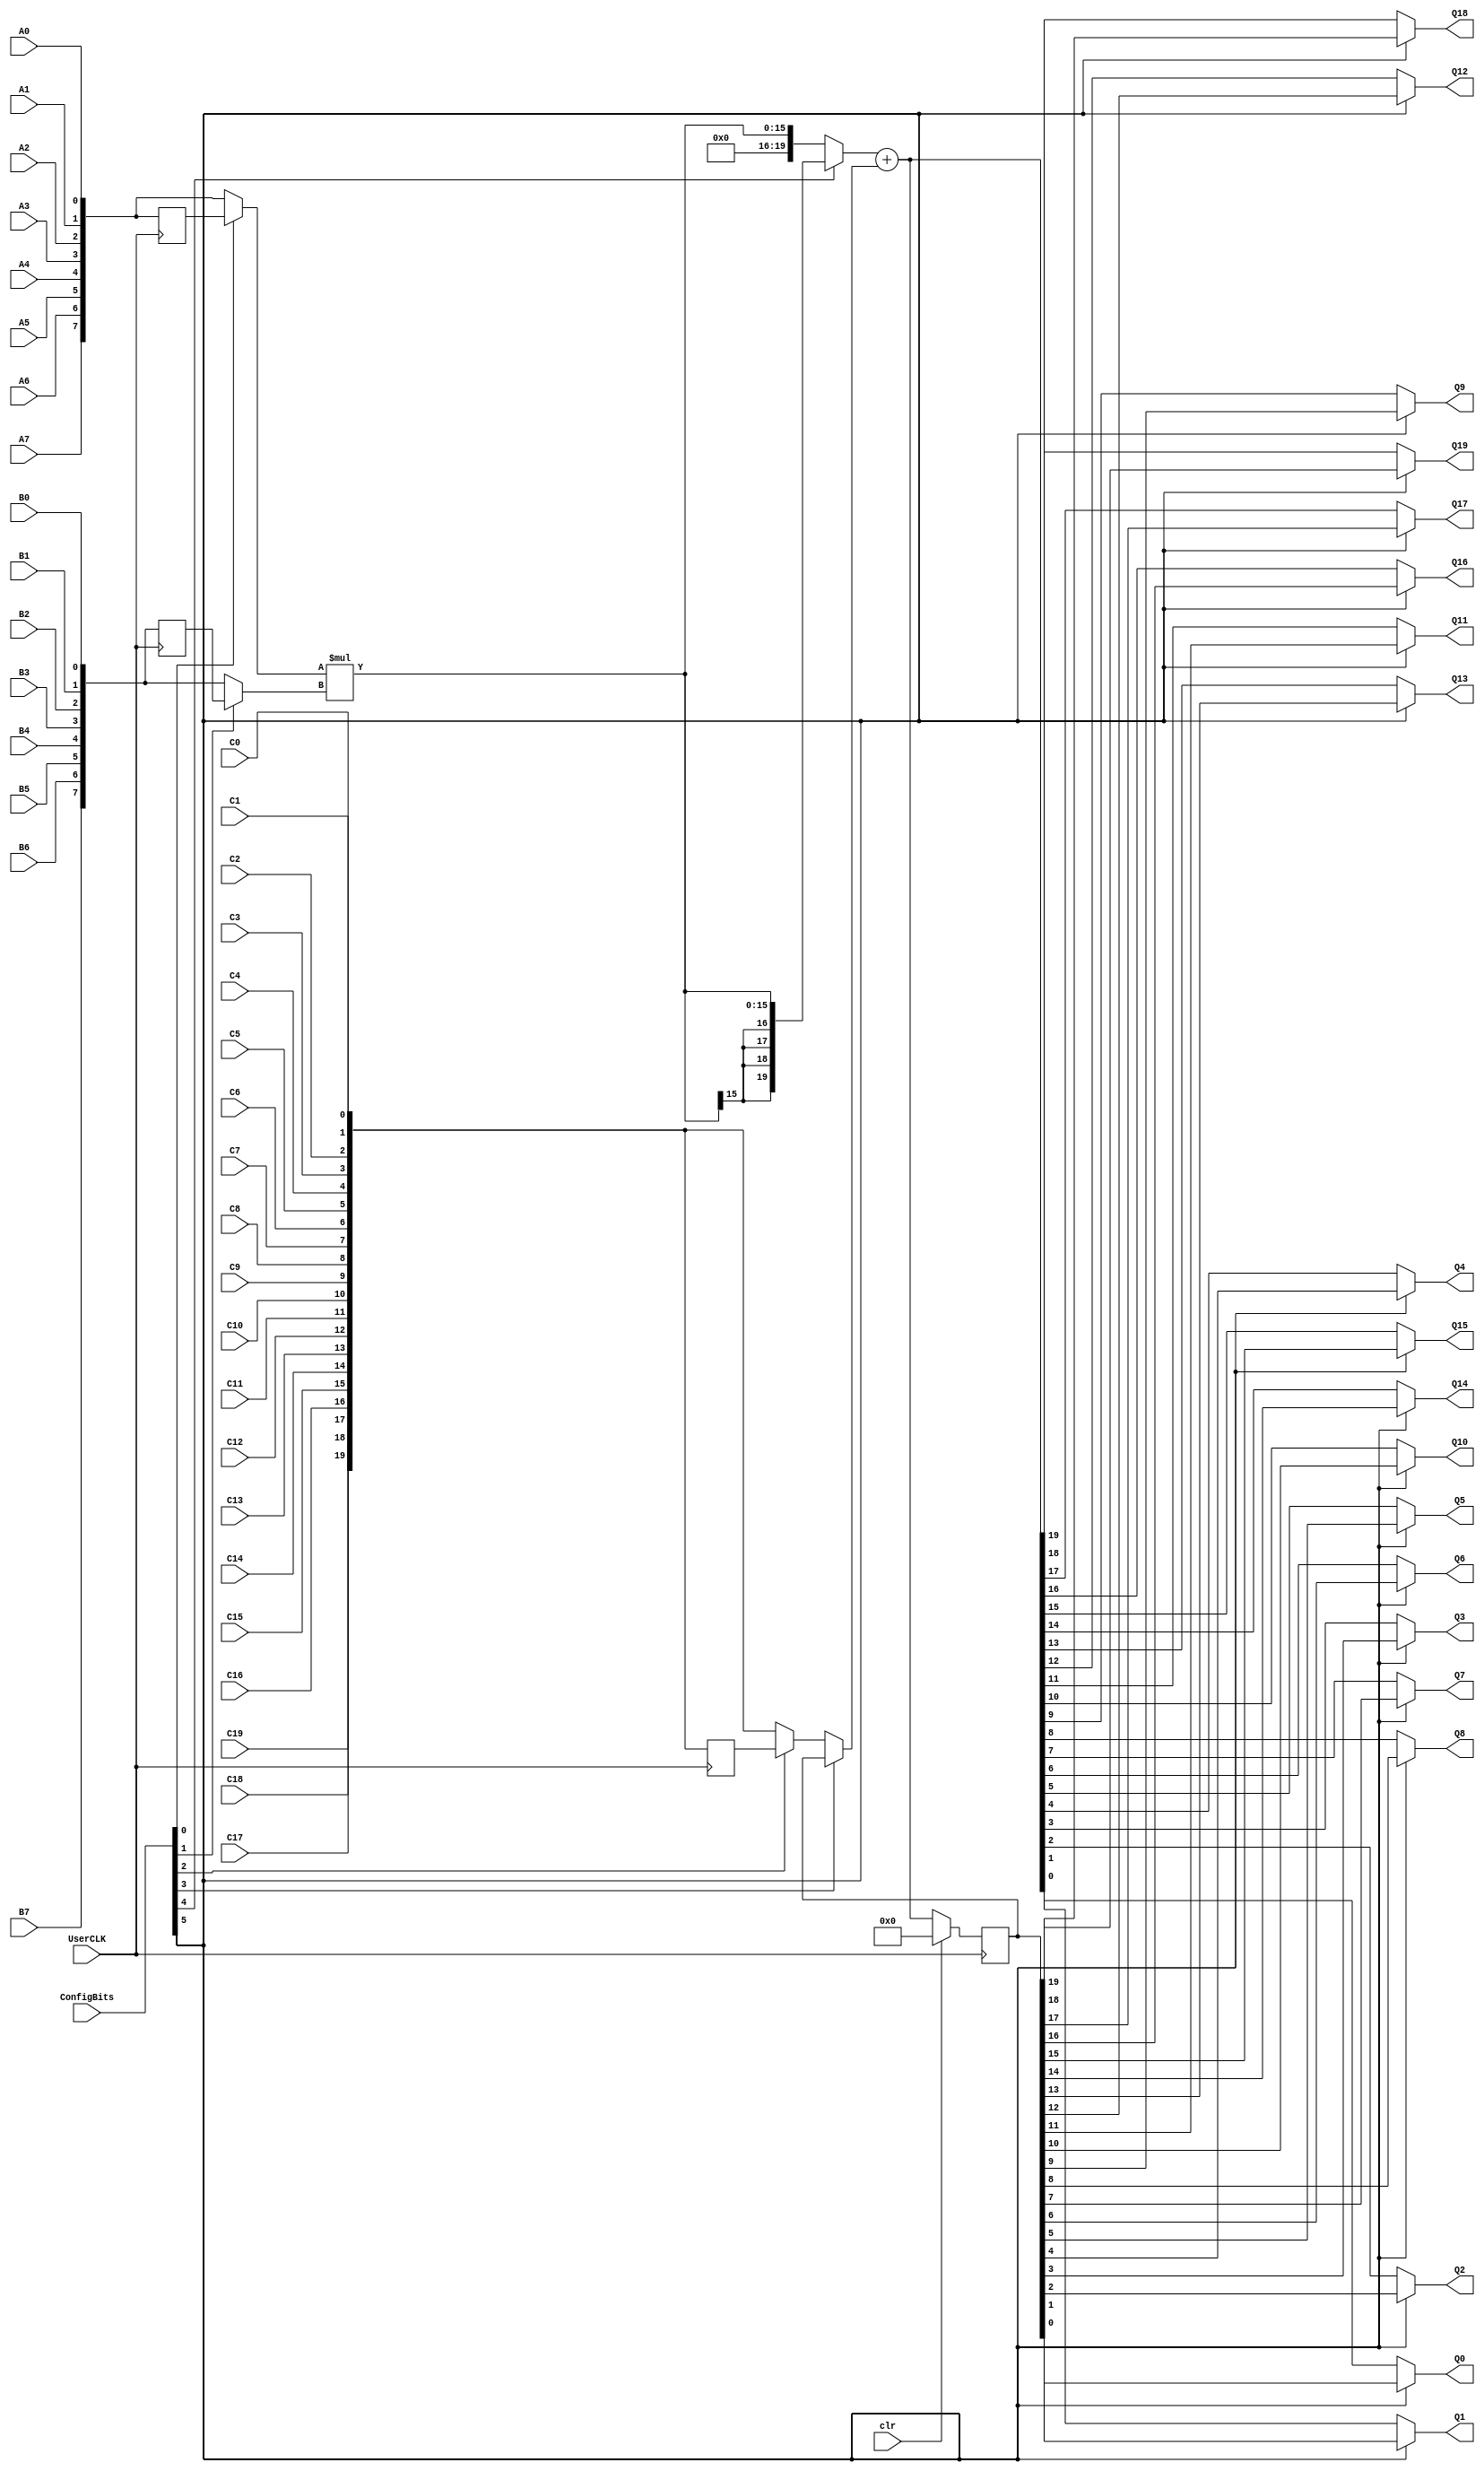
// SPDX-FileCopyrightText: 
// 2021 Nguyen Dao
//
// Licensed under the Apache License, Version 2.0 (the "License");
// you may not use this file except in compliance with the License.
// You may obtain a copy of the License at
//
//      http://www.apache.org/licenses/LICENSE-2.0
//
// Unless required by applicable law or agreed to in writing, software
// distributed under the License is distributed on an "AS IS" BASIS,
// WITHOUT WARRANTIES OR CONDITIONS OF ANY KIND, either express or implied.
// See the License for the specific language governing permissions and
// limitations under the License.
//
// SPDX-License-Identifier: Apache-2.0
module MULADD (A7, A6, A5, A4, A3, A2, A1, A0, B7, B6, B5, B4, B3, B2, B1, B0, C19, C18, C17, C16, C15, C14, C13, C12, C11, C10, C9, C8, C7, C6, C5, C4, C3, C2, C1, C0, Q19, Q18, Q17, Q16, Q15, Q14, Q13, Q12, Q11, Q10, Q9, Q8, Q7, Q6, Q5, Q4, Q3, Q2, Q1, Q0, clr, UserCLK, ConfigBits);
	parameter NoConfigBits = 6;// has to be adjusted manually (we don't use an arithmetic parser for the value)
	// IMPORTANT: this has to be in a dedicated line
	input A7;// operand A
	input A6;
	input A5;
	input A4;
	input A3;
	input A2;
	input A1;
	input A0;
	input B7;// operand B
	input B6;
	input B5;
	input B4;
	input B3;
	input B2;
	input B1;
	input B0;
	input C19;// operand C
	input C18;
	input C17;
	input C16;
	input C15;
	input C14;
	input C13;
	input C12;
	input C11;
	input C10;
	input C9;
	input C8;
	input C7;
	input C6;
	input C5;
	input C4;
	input C3;
	input C2;
	input C1;
	input C0;
	output Q19;// result
	output Q18;
	output Q17;
	output Q16;
	output Q15;
	output Q14;
	output Q13;
	output Q12;
	output Q11;
	output Q10;
	output Q9;
	output Q8;
	output Q7;
	output Q6;
	output Q5;
	output Q4;
	output Q3;
	output Q2;
	output Q1;
	output Q0;

	input clr;
	input UserCLK; // EXTERNAL // SHARED_PORT // ## the EXTERNAL keyword will send this sisgnal all the way to top and the //SHARED Allows multiple BELs using the same port (e.g. for exporting a clock to the top)
	// GLOBAL all primitive pins that are connected to the switch matrix have to go before the GLOBAL label
	input [NoConfigBits-1:0] ConfigBits;

	wire [7:0] A;		// port A read data 
	wire [7:0] B;		// port B read data 
	wire [19:0] C;		// port B read data 
	reg [7:0] A_reg;		// port A read data register
	reg [7:0] B_reg;		// port B read data register
	reg [19:0] C_reg;		// port B read data register
	wire [7:0] OPA;		// port A 
	wire [7:0] OPB;		// port B 
	wire [19:0] OPC;		// port B  
	reg [19:0] ACC ;		// accumulator register
	wire [19:0] sum;// port B read data register
	wire [19:0] sum_in;// port B read data register
	wire [15:0] product;
	wire [19:0] product_extended;

	assign A = {A7,A6,A5,A4,A3,A2,A1,A0};
	assign B = {B7,B6,B5,B4,B3,B2,B1,B0};
	assign C = {C19,C18,C17,C16,C15,C14,C13,C12,C11,C10,C9,C8,C7,C6,C5,C4,C3,C2,C1,C0};

	assign OPA = ConfigBits[0] ? A_reg : A;
	assign OPB = ConfigBits[1] ? B_reg : B;
	assign OPC = ConfigBits[2] ? C_reg : C;

	assign sum_in = ConfigBits[3] ? ACC : OPC;// we can

	assign product = OPA * OPB;

// The sign extension was not tested
	assign product_extended = ConfigBits[4] ? {product[15],product[15],product[15],product[15],product} : {4'b0000,product};

	assign sum = product_extended + sum_in;

	assign Q19	= ConfigBits[5] ? ACC[19] : sum[19];
	assign Q18	= ConfigBits[5] ? ACC[18] : sum[18];
	assign Q17	= ConfigBits[5] ? ACC[17] : sum[17];
	assign Q16	= ConfigBits[5] ? ACC[16] : sum[16];
	assign Q15	= ConfigBits[5] ? ACC[15] : sum[15];
	assign Q14	= ConfigBits[5] ? ACC[14] : sum[14];
	assign Q13	= ConfigBits[5] ? ACC[13] : sum[13];
	assign Q12	= ConfigBits[5] ? ACC[12] : sum[12];
	assign Q11	= ConfigBits[5] ? ACC[11] : sum[11];
	assign Q10	= ConfigBits[5] ? ACC[10] : sum[10];
	assign Q9	= ConfigBits[5] ? ACC[9] : sum[9];
	assign Q8	= ConfigBits[5] ? ACC[8] : sum[8];
	assign Q7	= ConfigBits[5] ? ACC[7] : sum[7];
	assign Q6	= ConfigBits[5] ? ACC[6] : sum[6];
	assign Q5	= ConfigBits[5] ? ACC[5] : sum[5];
	assign Q4	= ConfigBits[5] ? ACC[4] : sum[4];
	assign Q3	= ConfigBits[5] ? ACC[3] : sum[3];
	assign Q2	= ConfigBits[5] ? ACC[2] : sum[2];
	assign Q1	= ConfigBits[5] ? ACC[1] : sum[1];
	assign Q0	= ConfigBits[5] ? ACC[0] : sum[0];

	always @ (posedge UserCLK)
	begin
		A_reg <= A;
		B_reg <= B;
		C_reg <= C;
		if (clr == 1'b1) begin
			ACC <= 20'b00000000000000000000;
		end else begin
			ACC <= sum;
		end
	end

endmodule